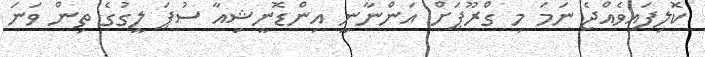
ކޮލިފައިވެއްޖެ ނަމަ މި ގްރޫޕަށް އަންނާނީ އިންޑޮނީޝިއާ ސުޕަ ލީގުގެ ތިން ވަނަ